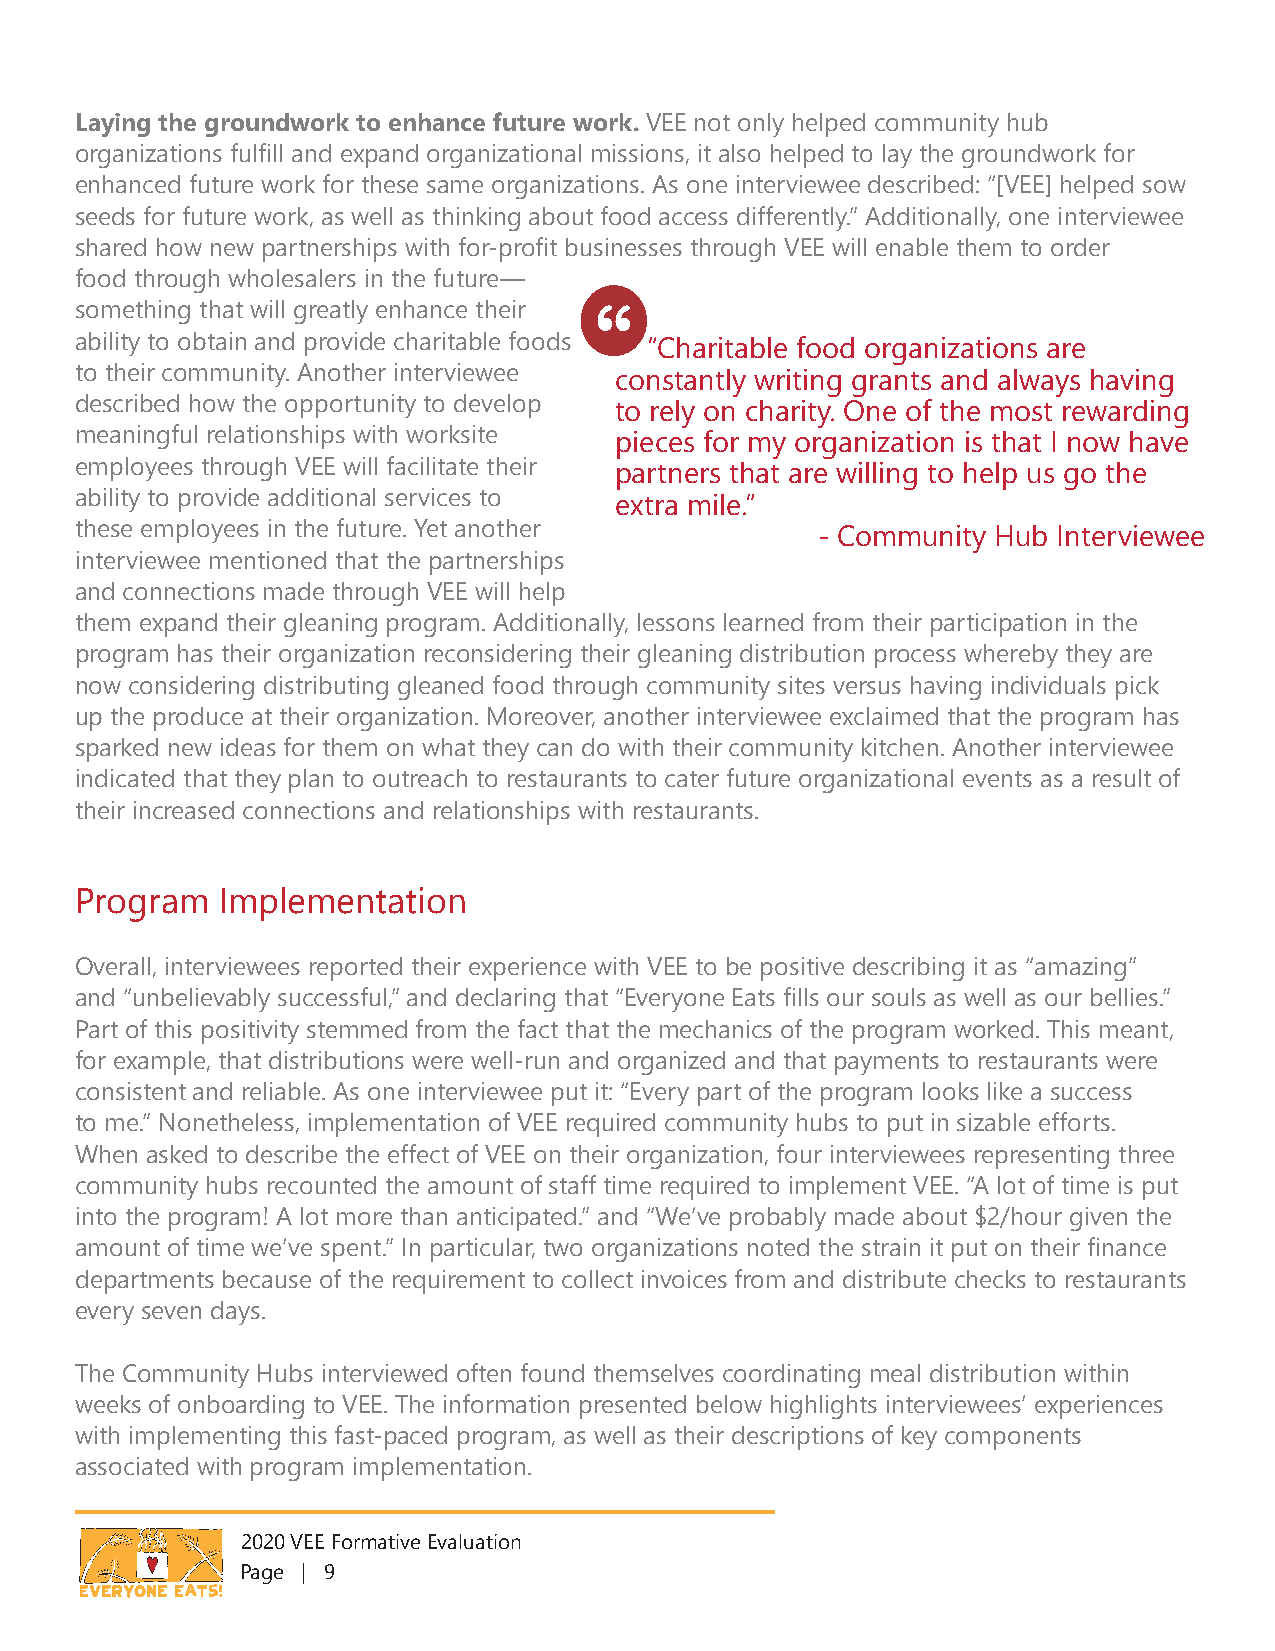
Laying the groundwork to enhance future work. VEE not only helped community hub
 organizations fulfill and expand organizational missions, it also helped to lay the groundwork for
 enhanced future work for these same organizations. As one interviewee described: “[VEE] helped sow
 seeds for future work, as well as thinking about food access differently.” Additionally, one interviewee
 shared how new partnerships with for-profit businesses through VEE will enable them to order
 food through wholesalers in the future—
 something that will greatly enhance their
 ability to obtain and provide charitable foods “Charitable food organizations are
 to their community. Another interviewee constantly writing grants and always having
 described how the opportunity to develop to rely on charity. One of the most rewarding
 meaningful relationships with worksite pieces for my organization is that I now have
 employees through VEE will facilitate their partners that are willing to help us go the
 ability to provide additional services to extra mile.”
 these employees in the future. Yet another       - Community Hub Interviewee
 interviewee mentioned that the partnerships
 and connections made through VEE will help
 them expand their gleaning program. Additionally, lessons learned from their participation in the
 program has their organization reconsidering their gleaning distribution process whereby they are
 now considering distributing gleaned food through community sites versus having individuals pick
 up the produce at their organization. Moreover, another interviewee exclaimed that the program has
 sparked new ideas for them on what they can do with their community kitchen. Another interviewee
 indicated that they plan to outreach to restaurants to cater future organizational events as a result of
 their increased connections and relationships with restaurants.
 Program  Implementation
 Overall, interviewees reported their experience with VEE to be positive describing it as “amazing”
 and “unbelievably successful,” and declaring that “Everyone Eats fills our souls as well as our bellies.”
 Part of this positivity stemmed from the fact that the mechanics of the program worked. This meant,
 for example, that distributions were well-run and organized and that payments to restaurants were
 consistent and reliable. As one interviewee put it: “Every part of the program looks like a success
 to me.” Nonetheless, implementation of VEE required community hubs to put in sizable efforts.
 When asked to describe the effect of VEE on their organization, four interviewees representing three
 community hubs recounted the amount of staff time required to implement VEE. “A lot of time is put
 into the program! A lot more than anticipated.” and “We’ve probably made about $2/hour given the
 amount of time we’ve spent.” In particular, two organizations noted the strain it put on their finance
 departments because of the requirement to collect invoices from and distribute checks to restaurants
 every seven days.
 The Community Hubs interviewed often found themselves coordinating meal distribution within
 weeks of onboarding to VEE. The information presented below highlights interviewees’ experiences
 with implementing this fast-paced program, as well as their descriptions of key components
 associated with program implementation.
 2020 VEE Formative Evaluation
 Page | 9